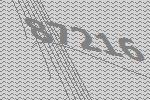
87216